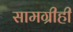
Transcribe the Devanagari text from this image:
सामग्रीही